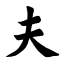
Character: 夫